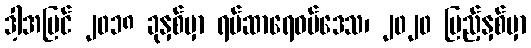
ဒါ့အပြင် ၂၀၁၈ ခုနှစ်မှာ ရမ်ဆာရေဝပ်ဒေသ၊ ၂၀၂၀ ပြည့်နှစ်မှာ